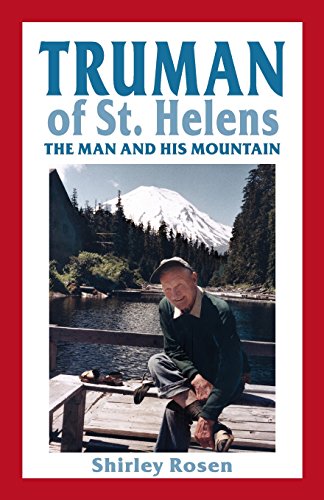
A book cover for Truman of St. Helens: The Man and His Mountain; Shirley Rosen; Science & Math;